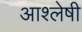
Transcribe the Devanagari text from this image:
आश्लेषी